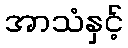
အာသံနှင့်